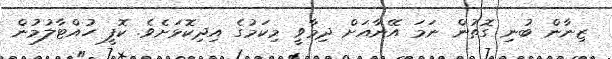
ޒިނާން ބުނި ގޮތުން ނަމަ އޭނާއަށް ދިމާވީ މިކަމުގެ އިދިކޮޅަށެވެ. ކޮފީ ހުއްޓާލުމުން